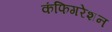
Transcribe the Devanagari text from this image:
कंफिगरेशन